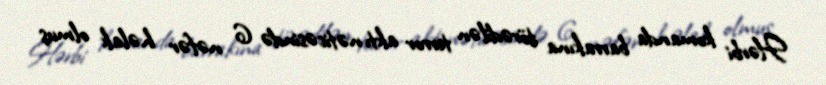
Hərbi komanda barrakına törədilən terror aktı nəticəsində 6 nəfər həlak olmuş